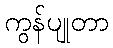
ကွန်ပျုတာ